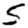
Digit: 5